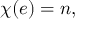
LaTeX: \chi ( e ) = n ,